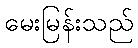
မေးမြန်းသည်